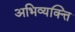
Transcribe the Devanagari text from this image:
अभिव्यक्त्ति